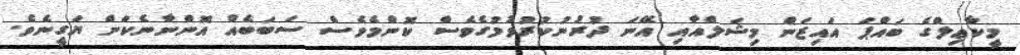
މީކާޢިލްގެ ބައްޕަ އައިޒަން މިޝަލްއާއި އޭނަ ދުރުނުކުރުވުމުގެވެސް ކޮންމެވެސް ސަބަބެއް އޮންނާނެކަން ޔަގީނެވެ.